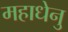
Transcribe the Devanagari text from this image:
महाधेनु